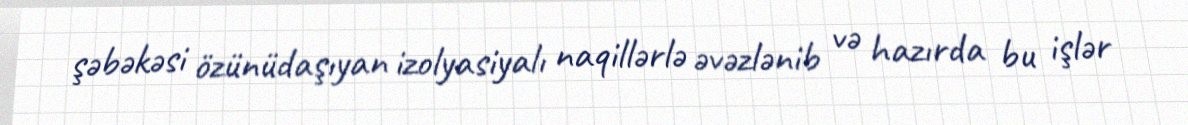
şəbəkəsi özünüdaşıyan izolyasiyalı naqillərlə əvəzlənib və hazırda bu işlər